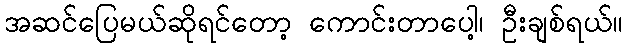
အဆင်ပြေမယ်ဆိုရင်တော့ ကောင်းတာပေါ့၊ ဦးချစ်ရယ်။